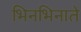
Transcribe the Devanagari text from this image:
भिनभिनाते